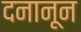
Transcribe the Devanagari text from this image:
दनानून